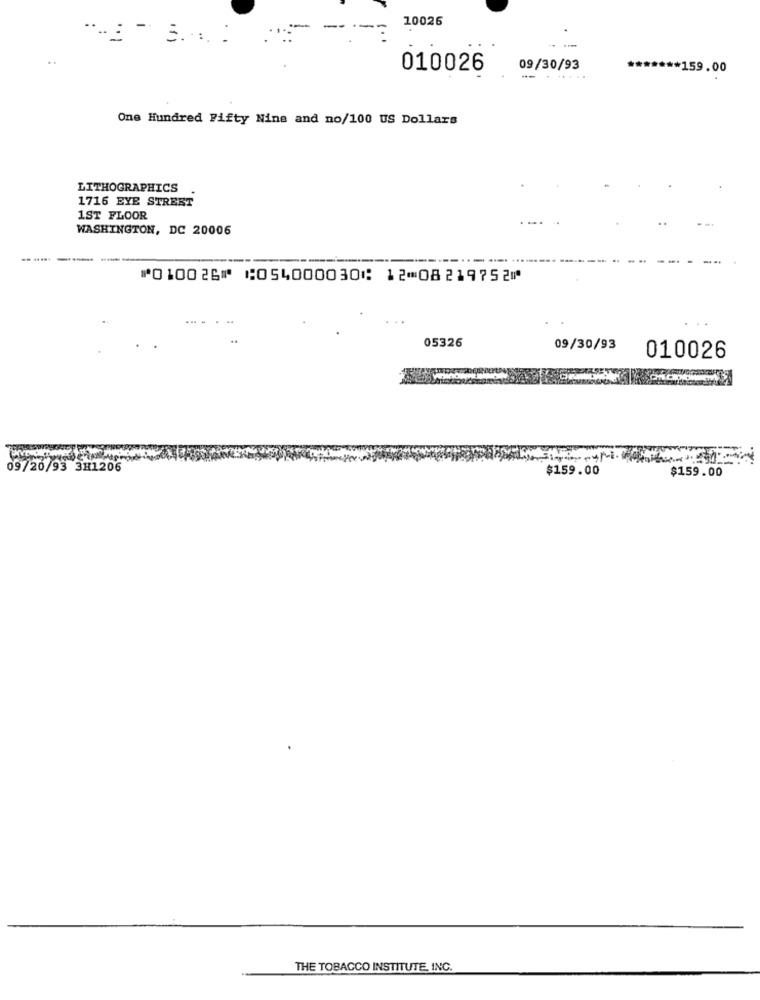
10026
.... :
5.
010026
09/30/93
******* 159.00
.. . .....
One Hundred Fifty Nine and no/100 US Dollars
LITHOGRAPHICS
1716 EYE STREET
1ST FLOOR
WASHINGTON, DC 20006
--- --
⑈010026⑈ ⑆054000030⑆ 12⑉08219752⑈
05326
09/30/93
010026
09/20/93 3H1206
$159.00
$159.00
THE TOBACCO INSTITUTE, INC.